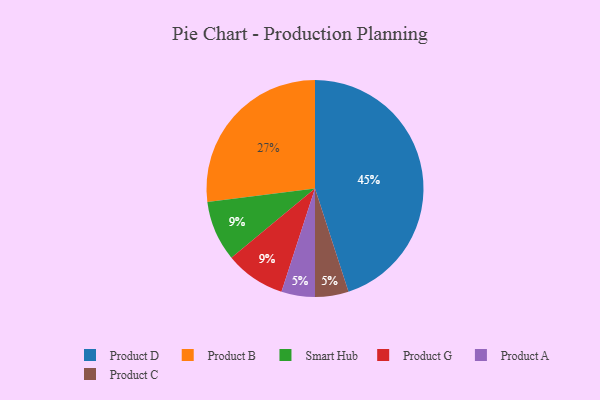
{"axis": {"x": "Category", "y": "Percentage"}, "legend": ["Product A", "Product B", "Product C", "Product D", "Product G", "Smart Hub"], "data": [{"x": "Smart Hub", "y": 9, "type": "Smart Hub"}, {"x": "Product D", "y": 45, "type": "Product D"}, {"x": "Product B", "y": 27, "type": "Product B"}, {"x": "Product A", "y": 5, "type": "Product A"}, {"x": "Product G", "y": 9, "type": "Product G"}, {"x": "Product C", "y": 5, "type": "Product C"}]}